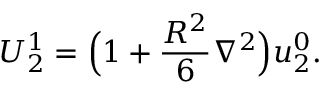
U _ { 2 } ^ { 1 } = \Big ( 1 + \frac { R ^ { 2 } } { 6 } \nabla ^ { 2 } \Big ) u _ { 2 } ^ { 0 } .